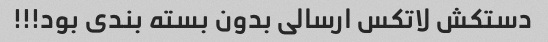
دستکش لاتکس ارسالی بدون بسته بندی بود!!!